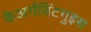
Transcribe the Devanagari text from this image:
केअर्गविंटगुइस